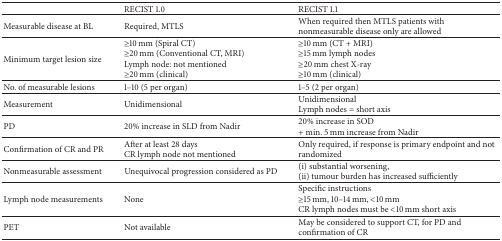
<table><thead><tr><td><b> </b></td><td><b>RECIST 1.0</b></td><td><b>RECIST 1.1</b></td></tr></thead><tbody><tr><td>Measurable disease at BL</td><td>Required, MTLS</td><td>When required then MTLS patients with nonmeasurable disease only are allowed</td></tr><tr><td>Minimum target lesion size</td><td>≥10 mm (Spiral CT)≥20 mm (Conventional CT, MRI)Lymph node: not mentioned ≥20 mm (clinical)</td><td>≥10 mm (CT + MRI) ≥15 mm lymph nodes ≥20 mm chest X-ray ≥10 mm (clinical)</td></tr><tr><td>No. of measurable lesions</td><td>1–10 (5 per organ)</td><td>1–5 (2 per organ)</td></tr><tr><td>Measurement</td><td>Unidimensional</td><td>Unidimensional Lymph nodes = short axis</td></tr><tr><td>PD</td><td>20% increase in SLD from Nadir</td><td>20% increase in SOD + min. 5 mm increase from Nadir</td></tr><tr><td>Confirmation of CR and PR</td><td>After at least 28 daysCR lymph node not mentioned</td><td>Only required, if response is primary endpoint and not randomized</td></tr><tr><td>Nonmeasurable assessment</td><td>Unequivocal progression considered as PD</td><td>(i) substantial worsening,(ii) tumour burden has increased sufficiently</td></tr><tr><td>Lymph node measurements</td><td>None</td><td>Specific instructions ≥15 mm, 10–14 mm, &lt;10 mmCR lymph nodes must be &lt;10 mm short axis</td></tr><tr><td>PET</td><td>Not available</td><td>May be considered to support CT, for PD and confirmation of CR</td></tr></tbody></table>